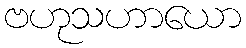
ဗဟုသဟာယော